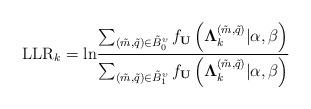
LaTeX: \begin{align*}\mbox{LLR}_k = \mbox{ln}\frac{\sum_{(\tilde{m},\tilde{q})\in\tilde{B}_0^\upsilon}f_\mathbf{U}\left(\mathbf\Lambda_k^{(\tilde{m}, \tilde{q})}|\alpha, \beta\right)}{\sum_{(\tilde{m},\tilde{q})\in\tilde{B}_1^\upsilon}f_\mathbf{U}\left(\mathbf\Lambda_k^{(\tilde{m}, \tilde{q})}|\alpha, \beta\right)}\end{align*}